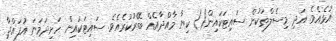
އުޅެއެވެ. އަދި މިސެލްތަކުން ސައިޓަކައިން() ކިޔާ މާއްދާއެއް ބޭރުކުރެއެވެ. ސައިޓަކައިން ހަށިދަމަނަ އުފައްދާ